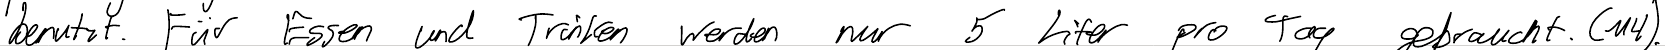
benutzt. Für Essen und Trinken werden nur 5 Liter pro Tag gebraucht. (M4).